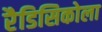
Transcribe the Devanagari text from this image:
रैडिसिकोला